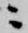
ニ